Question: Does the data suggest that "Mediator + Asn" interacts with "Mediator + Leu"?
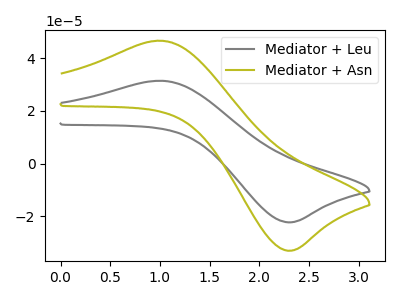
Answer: <think>The gray curve "Mediator + Leu" has an anodic peak at (1.00V, 31.40uA) and a cathodic peak at (2.35V, -22.25uA). The olive curve "Mediator + Asn" has an anodic peak at (1.00V, 46.55uA) and a cathodic peak at (2.35V, -33.00uA).
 All the peaks in "Mediator + Asn" have a peak in "Mediator + Leu" at the same potential. Every peak in "Mediator + Asn" is higher than every peak in "Mediator + Leu".</think>
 <answer>No, "Mediator + Asn" and "Mediator + Leu" don't appear to be significantly different in shape</answer>
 <eval>no_change</eval>